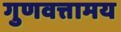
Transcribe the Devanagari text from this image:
गुणवत्तामय